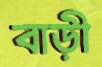
বাড়ী